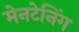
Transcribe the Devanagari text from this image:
मेनटेनिंग